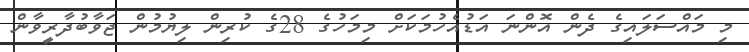
މި މައްސަލައިގެ ދެން އޮންނަ އަޑުއެހުމަކަށް މިމަހުގެ 28ގެ ކުރިން ލިޔުމުން ޖަވާބުދާރީވާން